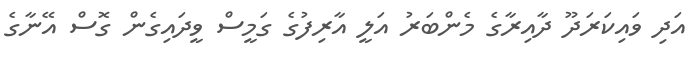
އަދި ވައިކަރަދޫ ދާއިރާގެ މެންބަރު އަލީ އާރިފުގެ ގަމީސް ވީދައިގެން ގޮސް އޭނާގެ